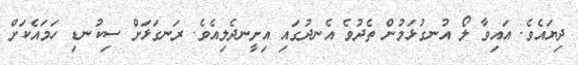
ދިޔައެވެ. އައިވާ ލޯ އުނގުޅަމުން ތެދުވެ އެނދުގައި އިށީނދެލިއެވެ. ރަނގަޅަށް ސިކުނޑި ހަމައެކަށް